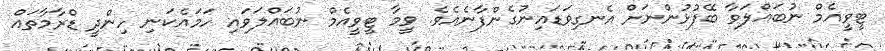
ޓީވީއެމް ނުބައްލަވާ ބޭފުޅުންނަށް އެނގިވަޑައިނުގެންފާނެއެވެ. ވީމާ ޓީވީއެމް ނުބައްލަވައި ހަމައެކަނި ހިންދީ ޑްރާމާތައް